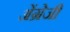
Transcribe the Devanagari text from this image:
अेंग्रेजी